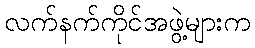
လက်နက်ကိုင်အဖွဲ့များက